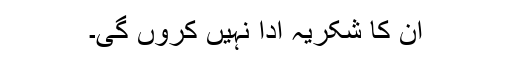
ان کا شکریہ ادا نہیں کروں گی۔